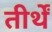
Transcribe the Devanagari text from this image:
तीर्थें